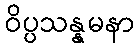
ဝိပ္ပသန္နမနာ